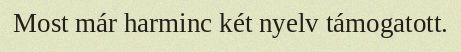
Most már harminc két nyelv támogatott.